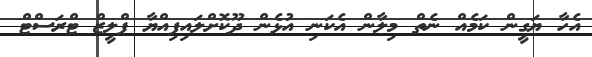
އެހާ ޔަގީން ކަމެއް ނެތް މިލާން އެކަނި އުޅެން ދޫކޮށްލައިފިއްޔާ ޕްލީޒް ޓްރަސްޓް